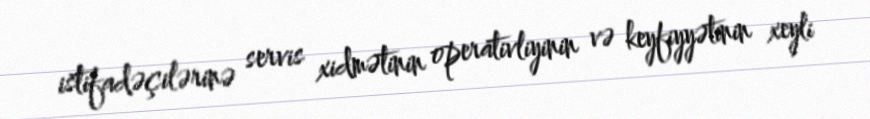
istifadəçilərinə servis xidmətinin operativliyinin və keyfiyyətinin xeyli